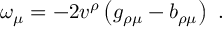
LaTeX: \omega _ { \mu } = - 2 v ^ { \rho } \left( g _ { \rho \mu } - b _ { \rho \mu } \right) \ .